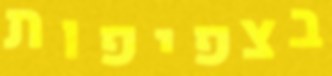
בצפיפות